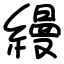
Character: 縵